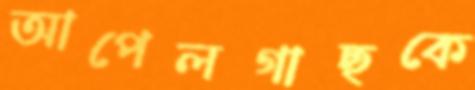
আপেলগাছকে